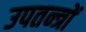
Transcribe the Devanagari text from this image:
उपतन्त्रों